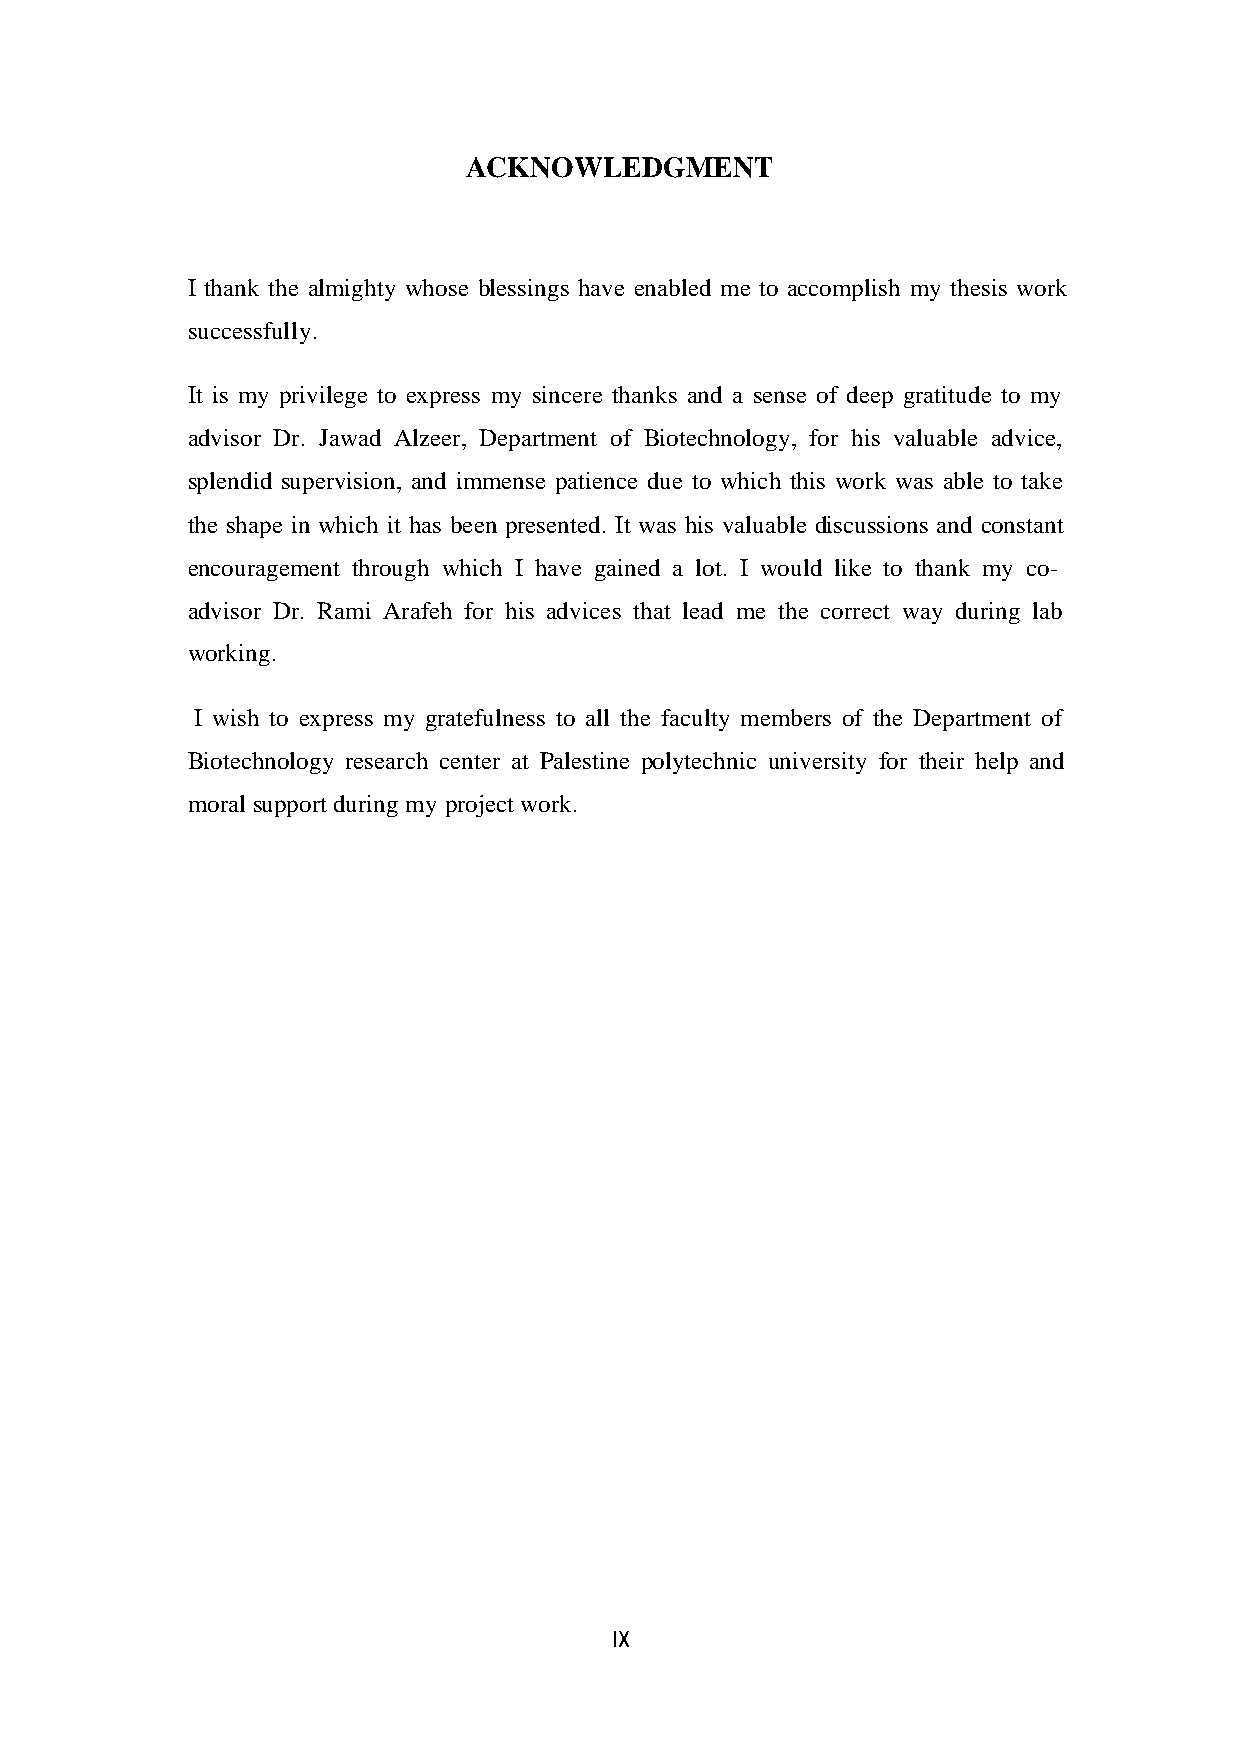
ACKNOWLEDGMENT
 I thank the almighty whose blessings have enabled me to accomplish my thesis work
 successfully.
 It is my privilege to express my sincere thanks and a sense of deep gratitude to my
 advisor Dr. Jawad Alzeer, Department of Biotechnology, for his valuable advice,
 splendid supervision, and immense patience due to which this work was able to take
 the shape in which it has been presented. It was his valuable discussions and constant
 encouragement through which I have gained a lot. I would like to thank my co-
 advisor Dr. Rami Arafeh for his advices that lead me the correct way during lab
 working.
 I wish to express my gratefulness to all the faculty members of the Department of
 Biotechnology research center at Palestine polytechnic university for their help and
 moral support during my project work.
 IX